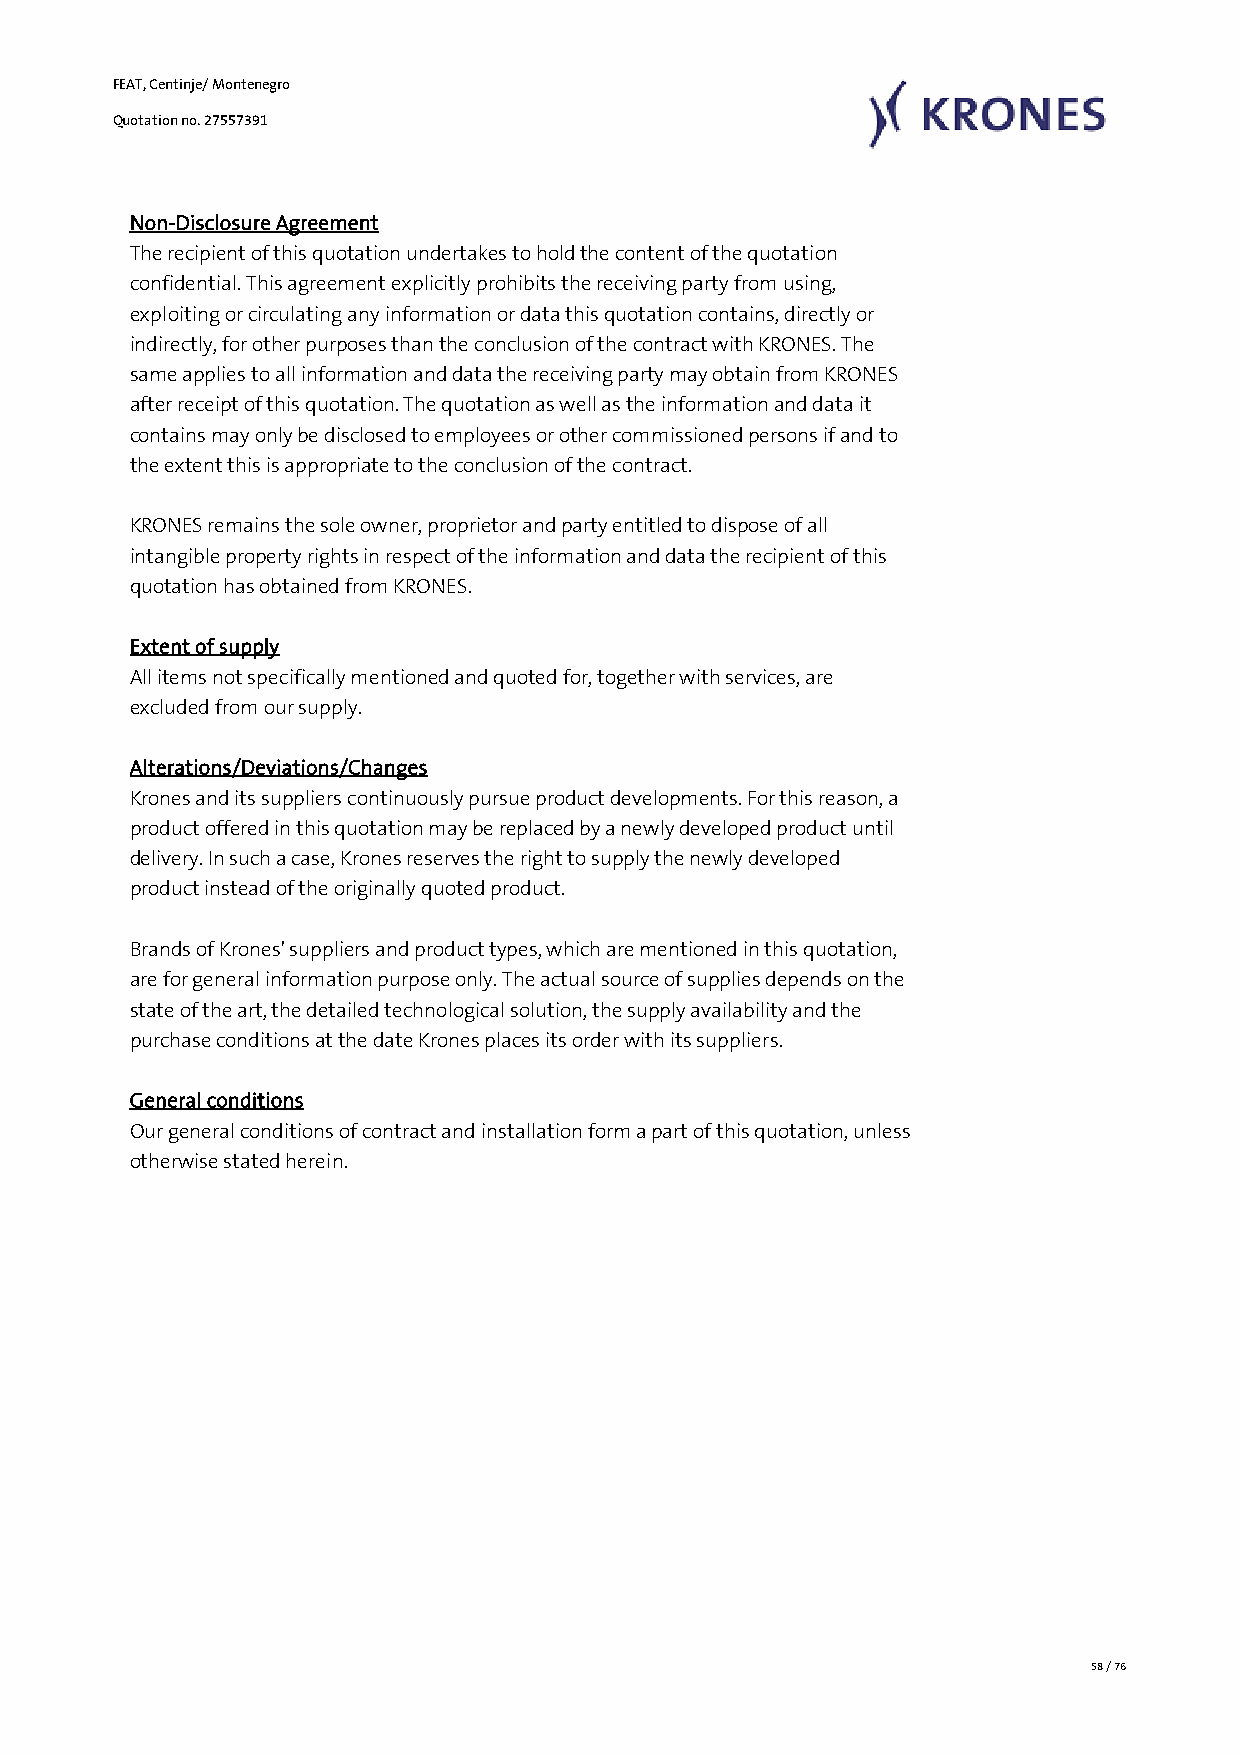
FEAT, Centinje/ Montenegro
 Quotation no. 27557391
 Non-Disclosure Agreement
 The recipient of this quotation undertakes to hold the content of the quotation
 confidential. This agreement explicitly prohibits the receiving party from using,
 exploiting or circulating any information or data this quotation contains, directly or
 indirectly, for other purposes than the conclusion of the contract with KRONES. The
 same applies to all information and data the receiving party may obtain from KRONES
 after receipt of this quotation. The quotation as well as the information and data it
 contains may only be disclosed to employees or other commissioned persons if and to
 the extent this is appropriate to the conclusion of the contract.
 KRONES remains the sole owner, proprietor and party entitled to dispose of all
 intangible property rights in respect of the information and data the recipient of this
 quotation has obtained from KRONES.
 Extent of supply
 All items not specifically mentioned and quoted for, together with services, are
 excluded from our supply.
 Alterations/Deviations/Changes
 Krones and its suppliers continuously pursue product developments. For this reason, a
 product offered in this quotation may be replaced by a newly developed product until
 delivery. In such a case, Krones reserves the right to supply the newly developed
 product instead of the originally quoted product.
 Brands of Krones' suppliers and product types, which are mentioned in this quotation,
 are for general information purpose only. The actual source of supplies depends on the
 state of the art, the detailed technological solution, the supply availability and the
 purchase conditions at the date Krones places its order with its suppliers.
 General conditions
 Our general conditions of contract and installation form a part of this quotation, unless
 otherwise stated herein.
 58 / 76